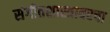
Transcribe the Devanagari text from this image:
संगीतशास्त्रावरचा